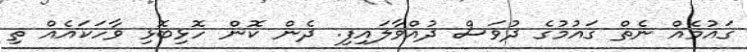
ގައުމެއް ނެތް ގައުމުގެ ދުވަސް ދުއްވާލައިފި. ދެން ކޮން ހޮޅިބޮޅި ވާހަކައެއް ތި